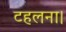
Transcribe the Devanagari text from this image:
टहलना।